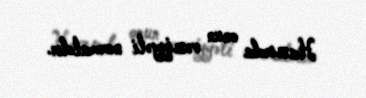
Hazırda onun vəziyyəti normaldır.